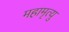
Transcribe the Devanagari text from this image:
महामृत्यु